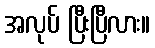
အလုပ် ပြီးပြီလား။